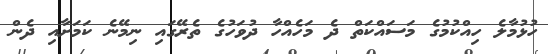
ހުޅުމާލެ ހިއްކުމުގެ މަސައްކަތް ދެ މަހެއްހާ ދުވަހުގެ ތެރޭގައި ނިމޭނެ ކަމަށާއި ދެން